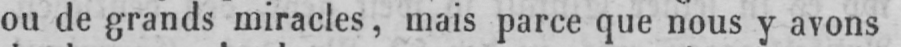
ou de grands miracles, mais parce que nous y avons